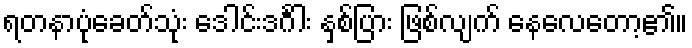
ရတနာပုံခေတ်သုံး ဒေါင်းဒင်္ဂါး နှစ်ပြား ဖြစ်လျက် နေလေတော့၏။